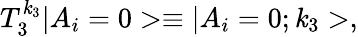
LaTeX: T_{3}^{\mathit{k}_{3}}|A_{i}=0>\equiv|A_{i}=0;\mathit{k}_{3}>,